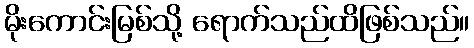
မိုးကောင်းမြစ်သို့ ရောက်သည်ထိဖြစ်သည်။